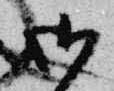
御